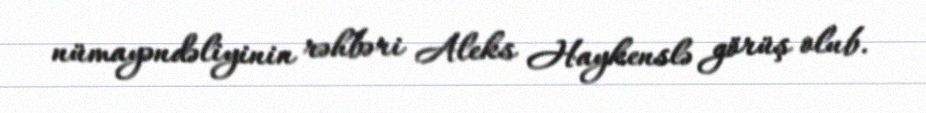
nümayəndəliyinin rəhbəri Aleks Haykenslə görüş olub.